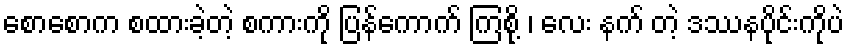
စောစောက စထားခဲ့တဲ့ စကားကို ပြန်ကောက် ကြစို့ ၊ လေး နက် တဲ့ ဒဿနပိုင်းကိုပဲ